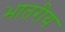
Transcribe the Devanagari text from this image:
भातरीय